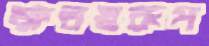
ক্ষতস্বরূপ